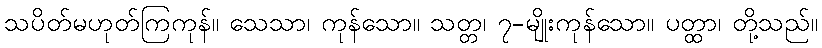
သပိတ်မဟုတ်ကြကုန်။ သေသာ၊ ကုန်သော။ သတ္တ၊ ၇-မျိုးကုန်သော။ ပတ္ထာ၊ တို့သည်။